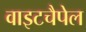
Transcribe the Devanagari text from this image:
वाइटचैपेल